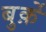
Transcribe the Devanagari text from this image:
बुर्क़े